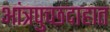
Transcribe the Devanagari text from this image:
आंत्रपुच्छदाहात